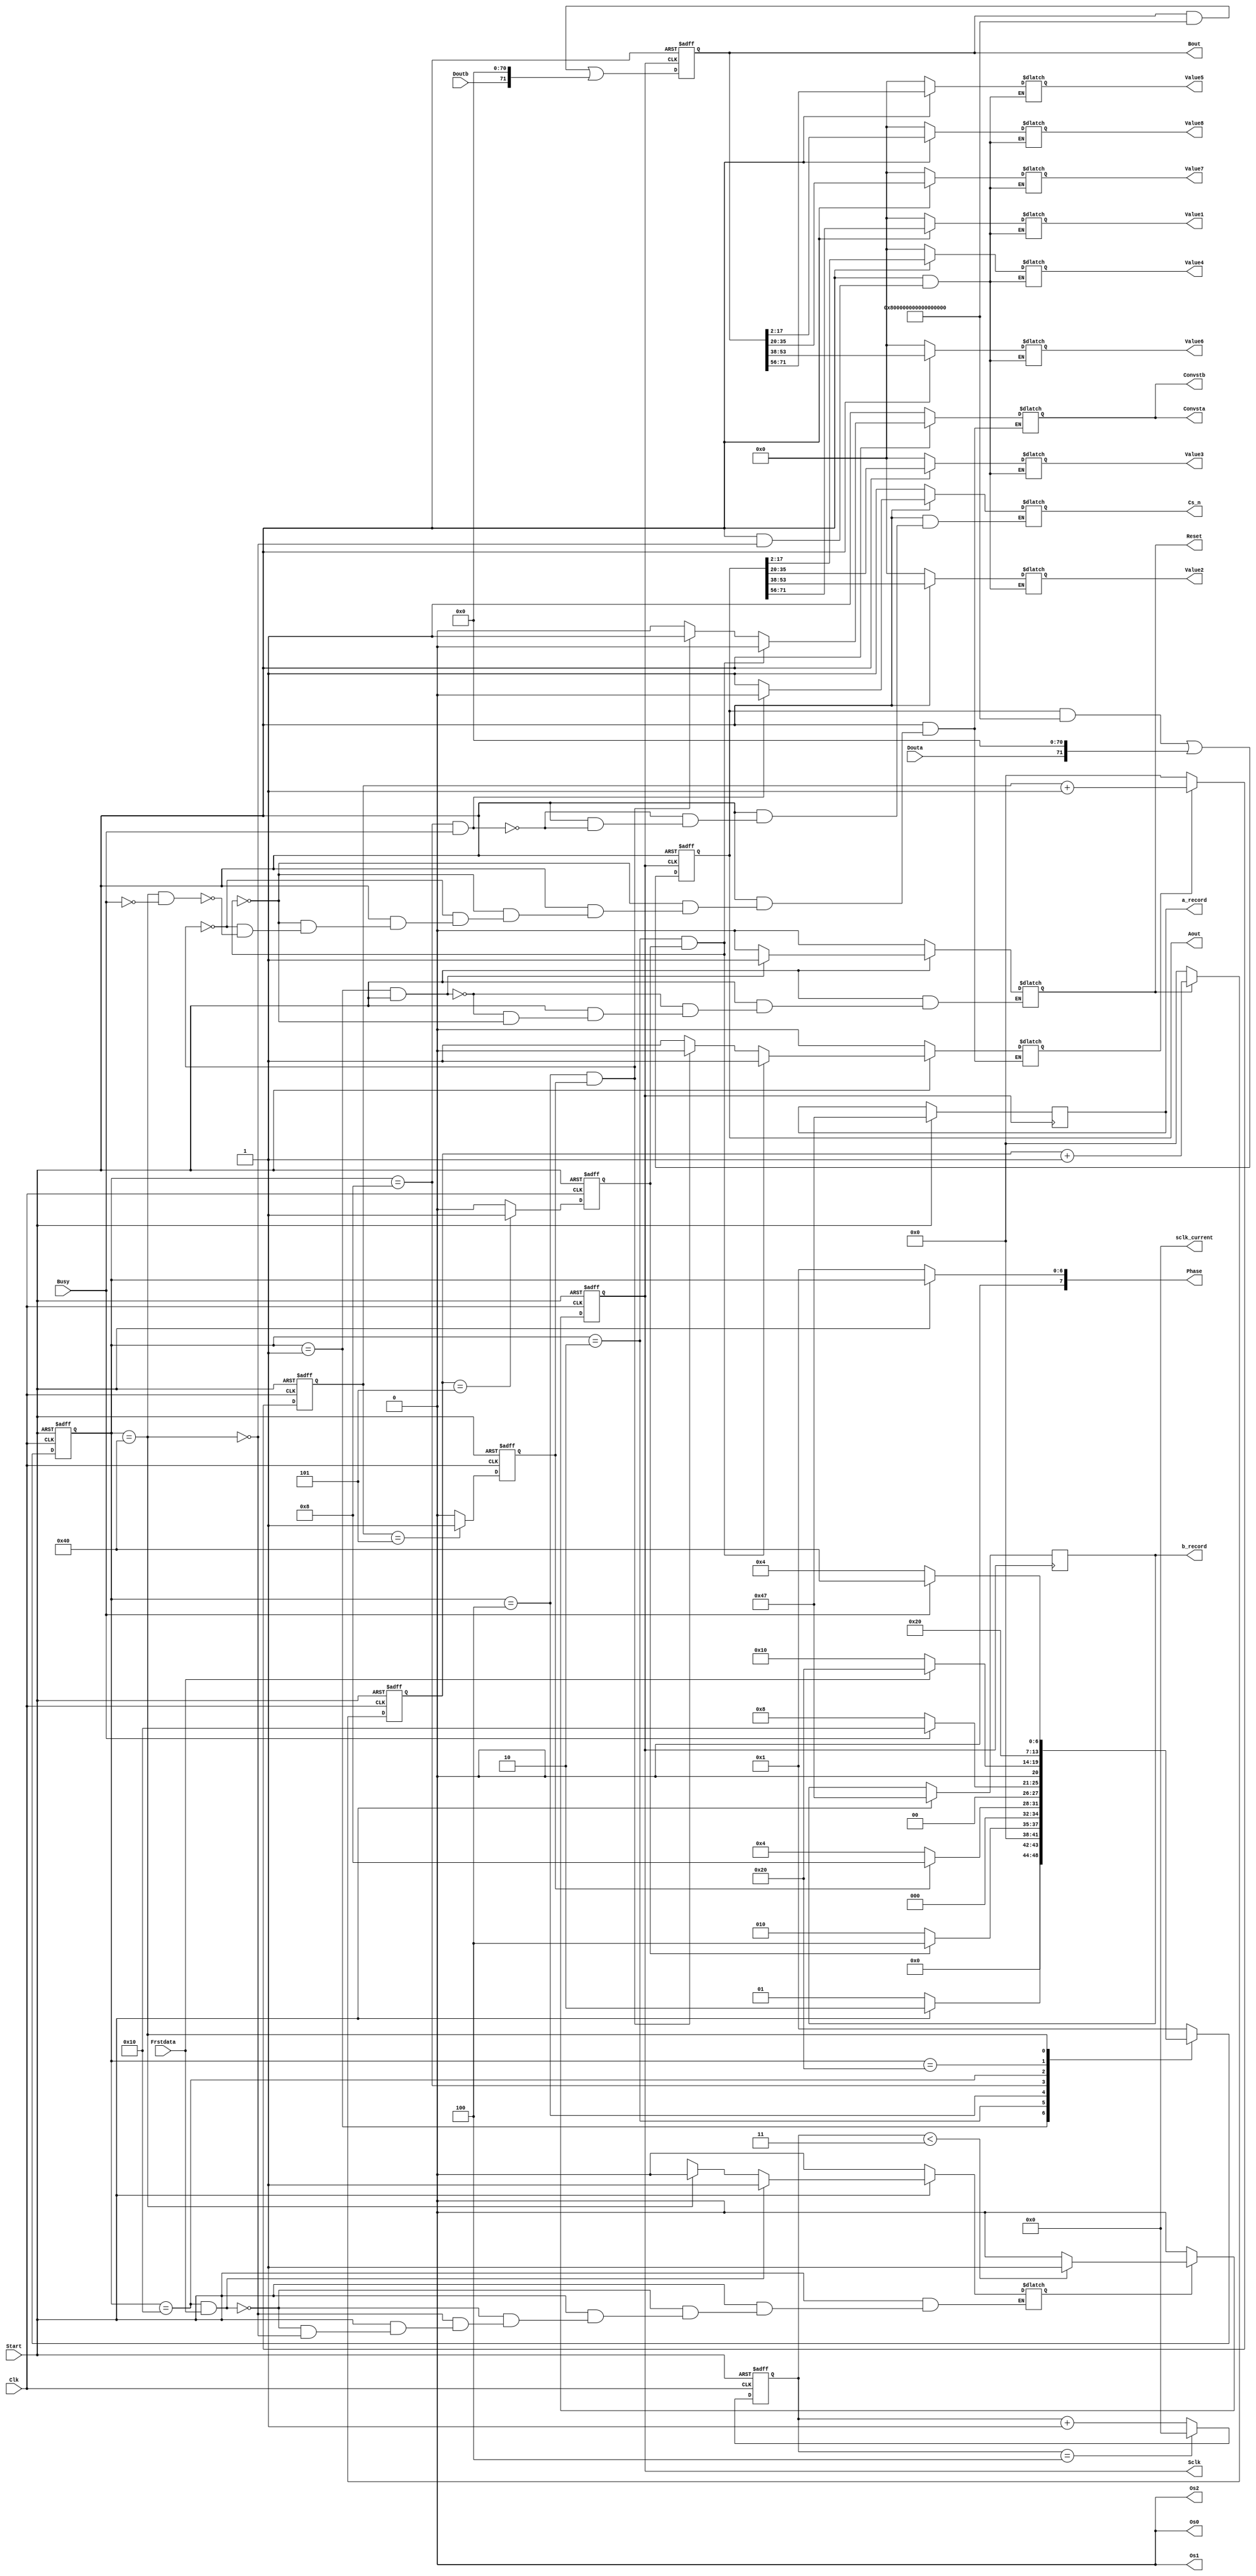
///////////////////////////////////////////////////////////////////////////////////////////////////
// Company: <Name>
//
// File history:
//      <Revision number>: <Date>: <Comments>
//      <Revision number>: <Date>: <Comments>
//      <Revision number>: <Date>: <Comments>
//
// Description: 
//
// <Description here>
//
// Targeted device: <Family::SmartFusion2> <Die::M2S010> <Package::144 TQ>
//
/////////////////////////////////////////////////////////////////////////////////////////////////// 

//`timescale <time_units> / <precision>
//Clk --100Mhz  Sclk--10Mhz  e
module AD7609(Start,Clk,Value1,Value2,Value3,Value4,Value5,Value6,Value7,Value8,
Convsta,Convstb,Cs_n,Sclk,Reset,Os2,Os1,Os0,Busy,Douta,Doutb,Frstdata,Phase,sclk_current,Aout,Bout,a_record,b_record);
input Start,Clk,Busy,Douta,Doutb,Frstdata;
output reg Cs_n,Convsta,Convstb,Sclk,Reset,Os2,Os1,Os0;
output reg[15:0] Value1,Value2,Value3,Value4,Value5,Value6,Value7,Value8;
output reg[7:0] Phase;
output reg[7:0] a_record,b_record;
output reg[7:0] sclk_current;
output reg[71:0] Aout,Bout;
//reg[71:0] Aout,Bout;
reg en_t1,en_t2,en_sclk,t1_full,t2_full,sclk_full;
reg [3:0] t1_cnt,t2_cnt;
reg [7:0] sclk_cnt;
//reg[7:0] sclk_current;
reg[7:0] state,nextstate;
//t1_cnt
always @(posedge Clk or negedge Start)
    if(!Start)
       t1_cnt<=4'd0;
     else if(en_t1)
        t1_cnt<=t1_cnt+1'b1;
     else
        t1_cnt<=4'd0;

//t1_full
always@(posedge Clk or negedge Start)
     if(!Start)
         t1_full<=1'b0;
     else if(t1_cnt == 4'd5)
         t1_full<=1'b1;
     else
         t1_full<=1'b0;
//t2_cnt
always @(posedge Clk or negedge Start)
    if(!Start)
       t2_cnt<=4'd0;
     else if(en_t2)
        t2_cnt<=t2_cnt+1'b1;
     else
        t2_cnt<=4'd0;

//t2_full
always@(posedge Clk or negedge Start)
     if(!Start)
         t2_full<=1'b0;
     else if(t2_cnt == 4'd5)
         t2_full<=1'b1;
     else
         t2_full<=1'b0;

// sclk_cnt ---count up  to 9 --20Mhz
always @(posedge Clk or negedge Start)
  if(!Start)
     sclk_cnt<=8'd0;
  else if(sclk_cnt == 8'd4)
          sclk_cnt<=8'd0;
  else  sclk_cnt<=sclk_cnt+1'b1;

//Sclk
always @(posedge Clk or negedge Start)
   if(!Start)
       Sclk<=1'b0;
    else if(en_sclk==0)
        Sclk<=1'b0;
   else if(sclk_cnt < 8'd3)
       Sclk<=1'b1;
   else
       Sclk<=1'b0;

//sclk_current
always @(posedge Sclk or negedge Start )
   if(!Start)
       sclk_current<=8'b0;
    else if(en_sclk==0)
        sclk_current<=8'b0;
    else sclk_current<=sclk_current+1;


// Aout Bout
//always @(posedge Sclk or negedge Start)
//    if(!Start)
//        begin
//        Aout<=72'b0;
//        Bout<=72'b0;
//        end
//     else begin
//        Aout[71-sclk_current]<=Douta;
//        Bout[71-sclk_current]<=Doutb;
//        a_record<=71-sclk_current;
//        b_record<=71-sclk_current;
//        end

//Aout Bout ---case 
always@(posedge Sclk or negedge Start)
     if(!Start)
         begin
         Aout<=72'b0;
         Bout<=72'b0;
         end
     else begin
          a_record<=71-sclk_current;
          b_record<=71-sclk_current; 
          case(sclk_current)
              sclk_current:begin
                          Aout[71-sclk_current]<=Douta;
                          Bout[71-sclk_current]<=Doutb;
                          end
     
              default:begin
                Aout<=Aout;
                Bout<=Bout;
                end 
       endcase    
          end
      
parameter IDLE=8'b0000_0001,RST_END=8'b0000_0010,CONVST_PR=8'b0000_0100,CONVST_ST=8'b0000_1000,READ_ST=8'b0001_0000,
          READ_PR=8'b0010_0000,READ_END=8'b0100_0000;








//initialize
initial
    begin
    Reset<=1'b0;
    Sclk<=1'b0;
    Convsta<=1'b1;
    Convstb<=1'b1;
    Cs_n<=1'b1;
    Os2<=1'b0;
    Os1<=1'b0;
    Os0<=1'b0;
    Value1<=15'b0;
    Value2<=15'b0;
    Value3<=15'b0;
    Value4<=15'b0;
    Value5<=15'b0;
    Value6<=15'b0;
    Value7<=15'b0;
    Value8<=15'b0;
    Aout<=71'b0;
    Bout<=71'b0;
    en_t1<=1'b0;
    t1_cnt<=4'b0;
    t1_full<=1'b0;
    en_t2<=1'b0;
    t2_cnt<=4'b0;
    t2_full<=1'b0;    
    en_sclk<=1'b0;
    sclk_full<=1'b0;
    sclk_cnt<=8'b0;
    sclk_current<=8'b0;
    state<=IDLE;
    nextstate<=IDLE;
    end

// time-logic
always @(posedge Clk or negedge Start)
     if(!Start) state<=IDLE;
     else state<=nextstate;  
//combine-logic
always @(state or Start or Busy or Frstdata or (sclk_current==72) or t1_full or t2_full)
     case(state)
          IDLE:
               nextstate=(Start)?RST_END:IDLE;
          RST_END:
                nextstate=(t1_full)?CONVST_PR:RST_END;
          CONVST_PR:
                nextstate=(t2_full)?CONVST_ST:CONVST_PR;
          CONVST_ST:
                nextstate=(Busy)?READ_ST:CONVST_ST;
          READ_ST:
                nextstate=(Frstdata)?READ_PR:READ_ST;
          READ_PR:
                nextstate=(sclk_current==72)?READ_END:READ_PR;
          READ_END:
                nextstate=(!Busy)?CONVST_PR:READ_END;
          default:
                nextstate=IDLE;
     endcase
//output logic
//Reset
always @(state or  Start or t1_full)
    if(!Start) Reset =1'b0;
    else if((state ==IDLE)&&(Start==1))
        Reset=1'b1;
    else if((state==RST_END)&&(t1_full))
        Reset=1'b0;
    else Reset=Reset;
//en_t1
always @(state or Start or t1_full)
    if(!Start) en_t1=1'b0;
    else if((state==IDLE)&&(Start==1))
      en_t1=1'b1;
    else if((state==RST_END)&&(t1_full))
       en_t1=1'b0;
    else en_t1=en_t1;
//en_t2
always @(state or Start or t1_full or Busy)
    if(!Start) en_t2=1'b0;
    else if((state==RST_END)&&(t1_full))
      en_t2=1'b1;
    else if((state==CONVST_PR)&&(t2_full))
       en_t2=1'b0;
    else if((state==READ_END)&&(!Busy))
       en_t2=1'b1;
    else en_t2=en_t2;
//Convsta
always @(state or  Start or t1_full or t2_full or Busy)
    if(!Start) Convsta=1'b1;
    else if((state==RST_END)&&(t1_full))
      Convsta=1'b0;
    else if((state==CONVST_PR)&&(t2_full))
      Convsta=1'b1;
    else if((state==READ_END)&&(!Busy))
      Convsta=1'b0;
    else Convsta=Convsta;
//Convstb
always @(state or Start or t1_full or t2_full or Busy)
    if(!Start) Convstb=1'b1;
    else if((state==RST_END)&&(t1_full))
      Convstb=1'b0;
    else if((state==CONVST_PR)&&(t2_full))
      Convstb=1'b1;
    else if((state==READ_END)&&(!Busy))
      Convstb=1'b0;
    else Convstb=Convstb;
//Cs_n
always @(state or Start or Busy or sclk_current)
    if(!Start) Cs_n=1'b1;
    else if((state==CONVST_ST)&&(Busy))
      Cs_n=1'b0;
    else if((state==READ_PR)&&((sclk_current==72)))
      Cs_n=1'b1;
    else Cs_n=Cs_n;
//en_sclk
always @(state or  Start or Frstdata or sclk_current)
    if(!Start) en_sclk=1'b0;
    else if((state==READ_ST)&&(Frstdata))
      en_sclk=1'b1;
    else if((state==READ_END))
      en_sclk=1'b0;
    else if(state==CONVST_ST)
      sclk_current=1'b0;
    else en_sclk=en_sclk;
//Value1
always @( state or  Start)
    if(!Start) Value1=16'b0;
    else if((state==READ_END))
      Value1=Aout[71:56];
    else Value1=Value1;
//Value2
always @( state or  Start)
    if(!Start) Value2=16'b0;
    else if((state==READ_END))
      Value2=Aout[53:38];
    else Value2=Value2;
//Value3
always @(state or Start)
    if(!Start) Value3=16'b0;
    else if((state==READ_END))
      Value3=Aout[35:20];
    else Value3=Value3;
//Value4
always @(state or Start)
    if(!Start) Value4=16'b0;
    else if((state==READ_END))
      Value4=Aout[17:2];
    else Value4=Value4;
//Value5
always @(state or  Start)
    if(!Start) Value5=16'b0;
    else if((state==READ_END))
      Value5=Bout[71:56];
    else Value5=Value5;
//Value2
always @(state or  Start)
    if(!Start) Value6=16'b0;
    else if((state==READ_END))
      Value6=Bout[53:38];
    else Value6=Value6;
//Value3
always @(state or Start)
    if(!Start) Value7=16'b0;
    else if((state==READ_END))
      Value7=Bout[35:20];
    else Value7=Value7;
//Value4
always @(state or  Start)
    if(!Start) Value8=16'b0;
    else if((state==READ_END))
      Value8=Bout[17:2];
    else Value8=Value8;

//Value4
always @(state or  Start)
    if(!Start) Phase=IDLE;
    else Phase =state;
endmodule